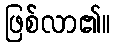
ဖြစ်လာ၏။